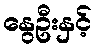
နွေဦးနှင့်